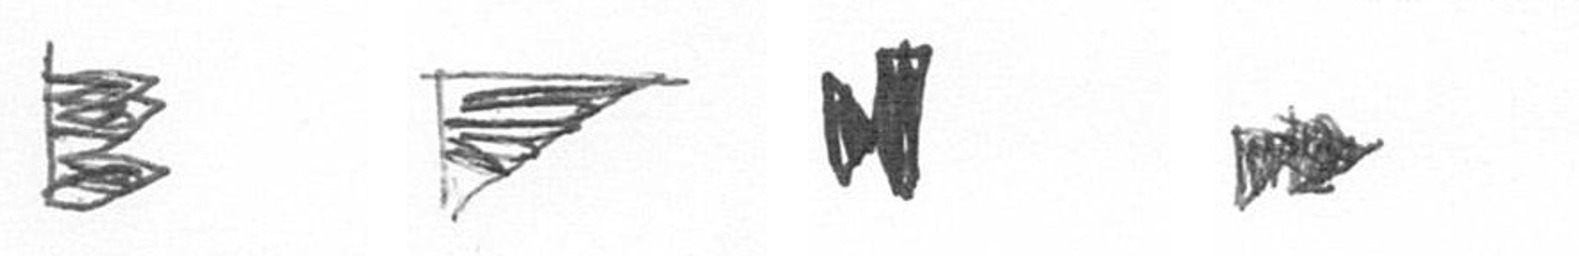
H T M A